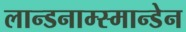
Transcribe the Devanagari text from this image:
लान्डनाम्स्मान्डेन